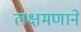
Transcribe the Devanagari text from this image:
लक्षमणाने